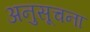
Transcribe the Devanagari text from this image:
अनुसूचना